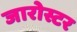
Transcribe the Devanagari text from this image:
जारोस्टर